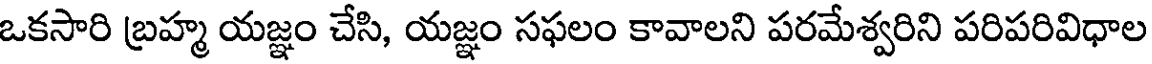
ఒకసారి బ్రహ్మ యజ్ఞం చేసి, యజ్ఞం సఫలం కావాలని పరమేశ్వరిని పరిపరివిధాల